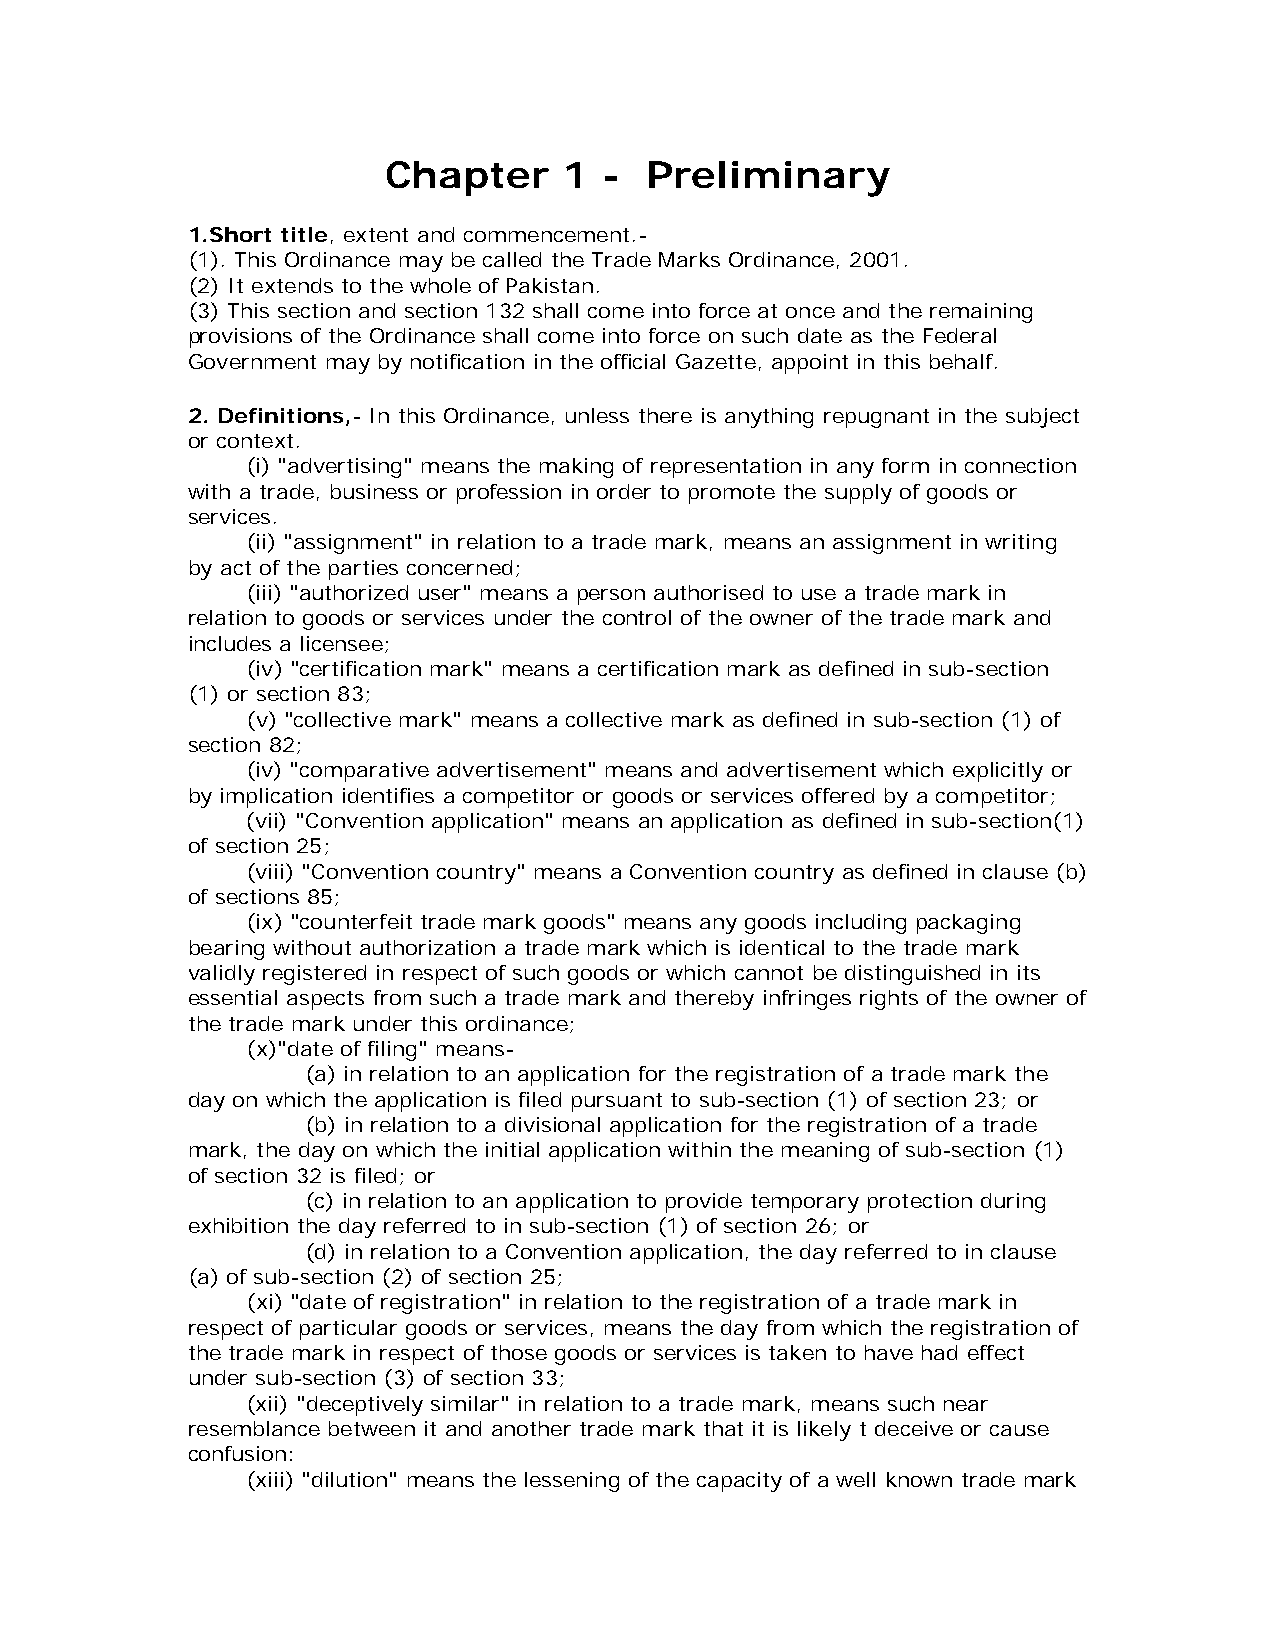
Chapter     1  -  Preliminary
 1.Short title, extent and commencement.-
 (1). This Ordinance may be called the Trade Marks Ordinance, 2001.
 (2) It extends to the whole of Pakistan.
 (3) This section and section 132 shall come into force at once and the remaining
 provisions of the Ordinance shall come into force on such date as the Federal
 Government may by notification in the official Gazette, appoint in this behalf.
 2. Definitions,- In this Ordinance, unless there is anything repugnant in the subject
 or context.
 (i) "advertising" means the making of representation in any form in connection
 with a trade, business or profession in order to promote the supply of goods or
 services.
 (ii) "assignment" in relation to a trade mark, means an assignment in writing
 by act of the parties concerned;
 (iii) "authorized user" means a person authorised to use a trade mark in
 relation to goods or services under the control of the owner of the trade mark and
 includes a licensee;
 (iv) "certification mark" means a certification mark as defined in sub-section
 (1) or section 83;
 (v) "collective mark" means a collective mark as defined in sub-section (1) of
 section 82;
 (iv) "comparative advertisement" means and advertisement which explicitly or
 by implication identifies a competitor or goods or services offered by a competitor;
 (vii) "Convention application" means an application as defined in sub-section(1)
 of section 25;
 (viii) "Convention country" means a Convention country as defined in clause (b)
 of sections 85;
 (ix) "counterfeit trade mark goods" means any goods including packaging
 bearing without authorization a trade mark which is identical to the trade mark
 validly registered in respect of such goods or which cannot be distinguished in its
 essential aspects from such a trade mark and thereby infringes rights of the owner of
 the trade mark under this ordinance;
 (x)"date of filing" means-
 (a) in relation to an application for the registration of a trade mark the
 day on which the application is filed pursuant to sub-section (1) of section 23; or
 (b) in relation to a divisional application for the registration of a trade
 mark, the day on which the initial application within the meaning of sub-section (1)
 of section 32 is filed; or
 (c) in relation to an application to provide temporary protection during
 exhibition the day referred to in sub-section (1) of section 26; or
 (d) in relation to a Convention application, the day referred to in clause
 (a) of sub-section (2) of section 25;
 (xi) "date of registration" in relation to the registration of a trade mark in
 respect of particular goods or services, means the day from which the registration of
 the trade mark in respect of those goods or services is taken to have had effect
 under sub-section (3) of section 33;
 (xii) "deceptively similar" in relation to a trade mark, means such near
 resemblance between it and another trade mark that it is likely t deceive or cause
 confusion:
 (xiii) "dilution" means the lessening of the capacity of a well known trade mark